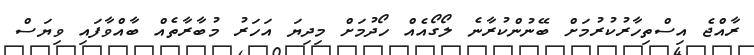
ރާއްޖެ އިސްތިހާރުކުރުމަށް ބޭނުންކުރާނެ ލޯގޯއެއް ހޯދުމަށް މިދިޔަ އަހަރު މުބާރާތެއް ބާއްވާފައި ވިޔަސް